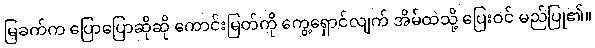
မြခက်က ပြောပြောဆိုဆို ကောင်းမြတ်ကို ကွေ့ရှောင်လျက် အိမ်ထဲသို့ ပြေးဝင် မည်ပြု၏။